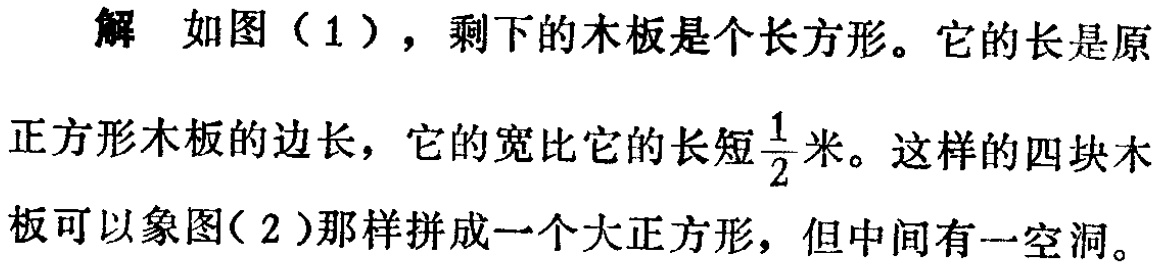
解 如图（1），剩下的木板是个长方形。它的长是原

正方形木板的边长，它的宽比它的长短$\frac{1}{2}$米。这样的四块木

板可以象图（2）那样拼成一个大正方形，但中间有一空洞。